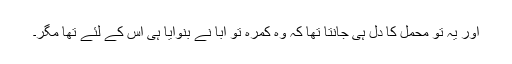
اور یہ تو محمل کا دل ہی جانتا تھا کہ وہ کمرہ تو ابا نے بنوایا ہی اس کے لئے تھا مگر۔